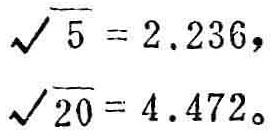
\(\sqrt{5}=2.236\)，
\(\sqrt{20}=4.472\)。